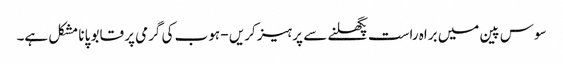
سوس پین میں براہ راست پگھلنے سے پرہیز کریں - ہوب کی گرمی پر قابو پانا مشکل ہے۔